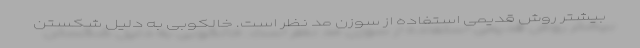
بیشتر روش قدیمی استفاده از سوزن مد نظر است. خالکوبی به دلیل شکستن